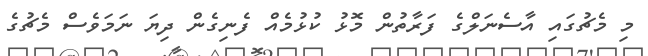
މި މެޗުގައި އާސެނަލްގެ ފަރާތުން މޮޅު ކުޅުމެއް ފެނިގެން ދިޔަ ނަމަވެސް މެޗުގެ